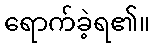
ရောက်ခဲ့ရ၏။